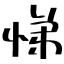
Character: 悌